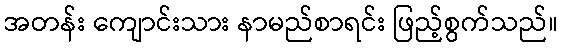
အတန်း ကျောင်းသား နာမည်စာရင်း ဖြည့်စွက်သည်။